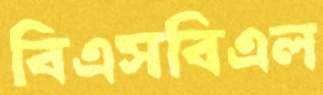
বিএসবিএল